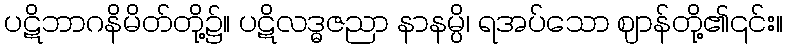
ပဋိဘာဂနိမိတ်တို့၌။ ပဋိလဒ္ဓဇညာ နာနမ္ပိ၊ ရအပ်သော ဈာန်တို့၏၎င်း။